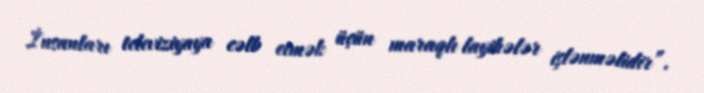
İnsanları televiziyaya cəlb etmək üçün maraqlı layihələr işlənməlidir”.